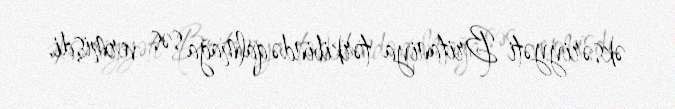
əksəriyyəti Britaniya tərkibində qalmağa səs vermişdi.